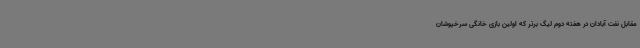
مقابل نفت آبادان در هفته دوم لیگ برتر که اولین بازی خانگی سرخپوشان